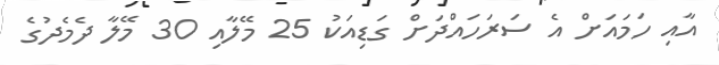
އާއި ހަމައަށް އެ ސަރަހައްދަށް ގަޑިއަކު 25 މޭލާއި 30 މޭލާ ދެމެދުގެ